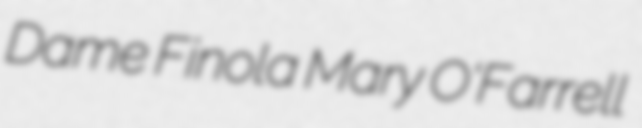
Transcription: Dame Finola Mary O'Farrell